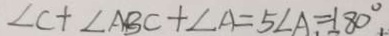
\angle C + \angle A B C + \angle A = 5 \angle A = 1 8 0 ^ { \circ }